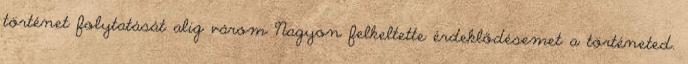
történet folytatását alig várom Nagyon felkeltette érdeklődésemet a történeted.